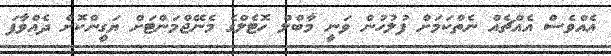
އެއްވެސް އެއްޗެއް ނެތްކަމަށް ފުލުހުން ވަނީ މާބްލް ހޮޓެލްގެ މެނޭޖްމަންޓަށް ޔަގީންކޮށް ދެއްވާފަ